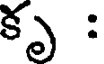
కృ :